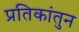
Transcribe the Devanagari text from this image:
प्रतिकांतुन